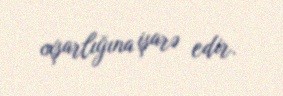
oxşarlığına işarə edir.